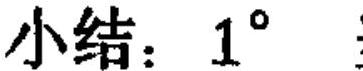
小结：\(1^{\circ}\)